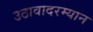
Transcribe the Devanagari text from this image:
उठावादरम्यान